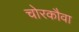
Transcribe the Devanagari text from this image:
चोरकौवा